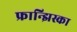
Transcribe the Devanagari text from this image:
फ्रान्झिस्का